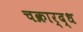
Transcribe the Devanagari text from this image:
चक्रार्द्ध